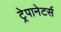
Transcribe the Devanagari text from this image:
ट्रेपानेटर्स